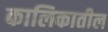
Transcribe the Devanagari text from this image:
कालिकातील